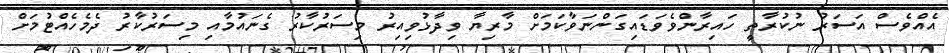
އެއްވެސް އަސަރު ނުކުރާތީ ހައިރާންވެވަޑައިގަންނަވާކަމަށް މާރިޔާ ވިދާޅުވިއިރު މިސަރުކާރު ގެނައުމާއި މިސަރުކާރު ދެމެހެއްޓުމަށް